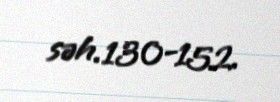
səh.130-152.